Scottish Leaving Certificate Examination, 1960
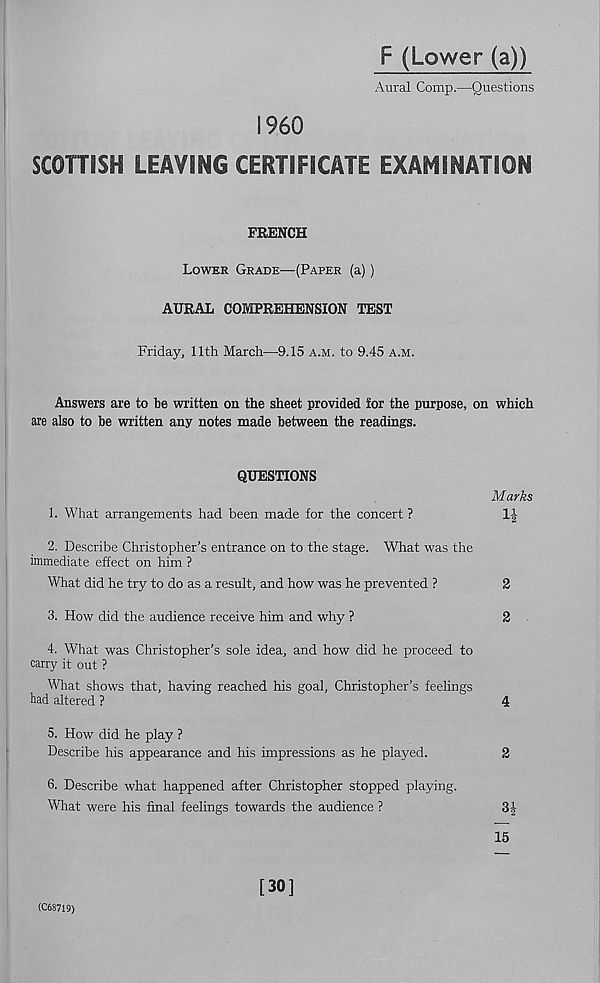
F (Lower (a))
Aural Comp.—Questions
i960
SCOTTISH LEAVING CERTIFICATE EXAMINATION
FRENCH
Lower Grade—(Paper (a))
AURAL COMPREHENSION TEST
Friday, 11th March—9.15 a.m. to 9.45 a.m.
Answers are to he written on the sheet provided for the purpose, on which
are also to be written any notes made between the readings.
QUESTIONS
1. What arrangements had been made for the concert ?
Marks
2. Describe Christopher’s entrance on to the stage. What was the
immediate effect on him ?
What did he try to do as a result, and how was he prevented ?
2
3. How did the audience receive him and why ?
2
4. What was Christopher’s sole idea, and how did he proceed to
carry it out ?
What shows that, having reached his goal, Christopher's feelings
had altered ?
6
^
b
4
5. How did he play ?
Describe his appearance and his impressions as he played.
2
6. Describe what happened after Christopher stopped playing.
What were his final feelings towards the audience ?
3J
15
(C68719)
[30]